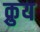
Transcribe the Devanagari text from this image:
क्रुय